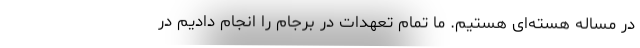
در مساله هسته‌ای هستیم. ما تمام تعهدات در برجام را انجام دادیم در